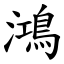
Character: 鴻